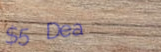
$5 Deal